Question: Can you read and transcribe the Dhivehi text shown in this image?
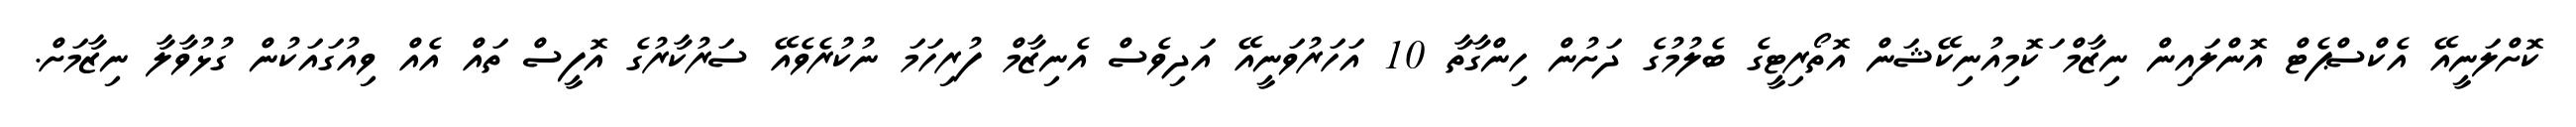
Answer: ކޮށްލަނީއޭ އެކްސްޕެޓް އޮންލައިން ނިޒާމް ަކޮމިއުނިކޭޝަން އޮތޯރިޓީގެ ބެލުމުގެ ދަށުން ހިންގާތާ 10 އަހަރުވަނީއޭ އަދިވެސް އެނިޒާމް ފުރިހަމަ ނުކުރެވެއޭ ސަރުކާރުގެ އޮފީސް ތައް އެއް ވިއުގައަކުން ގުޅުވާލާ ނިޒާމަށް.